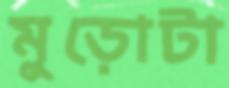
মুড়োটা